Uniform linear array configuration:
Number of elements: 64
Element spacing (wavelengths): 1
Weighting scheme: blackman
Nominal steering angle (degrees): -30
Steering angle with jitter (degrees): -30.654
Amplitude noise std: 0.05
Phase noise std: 0.05

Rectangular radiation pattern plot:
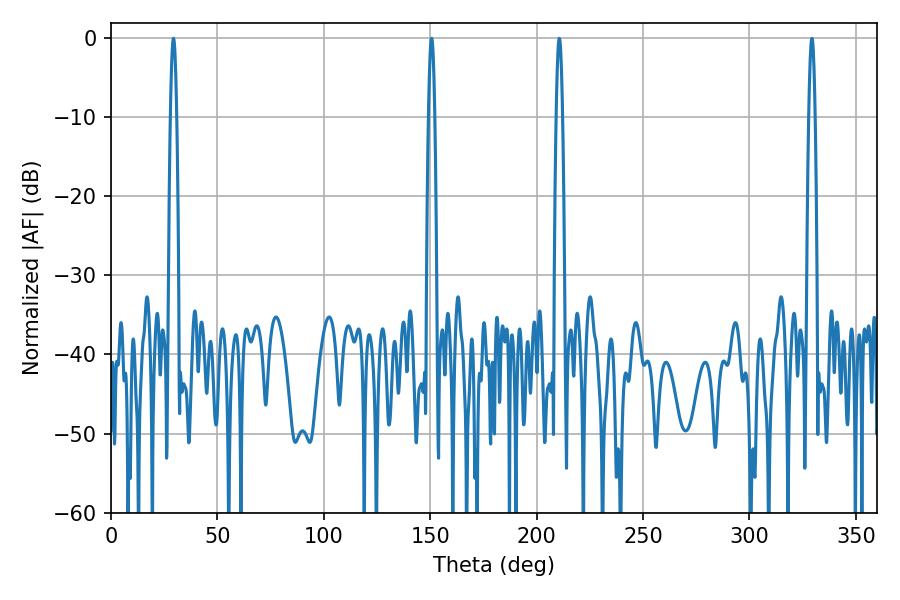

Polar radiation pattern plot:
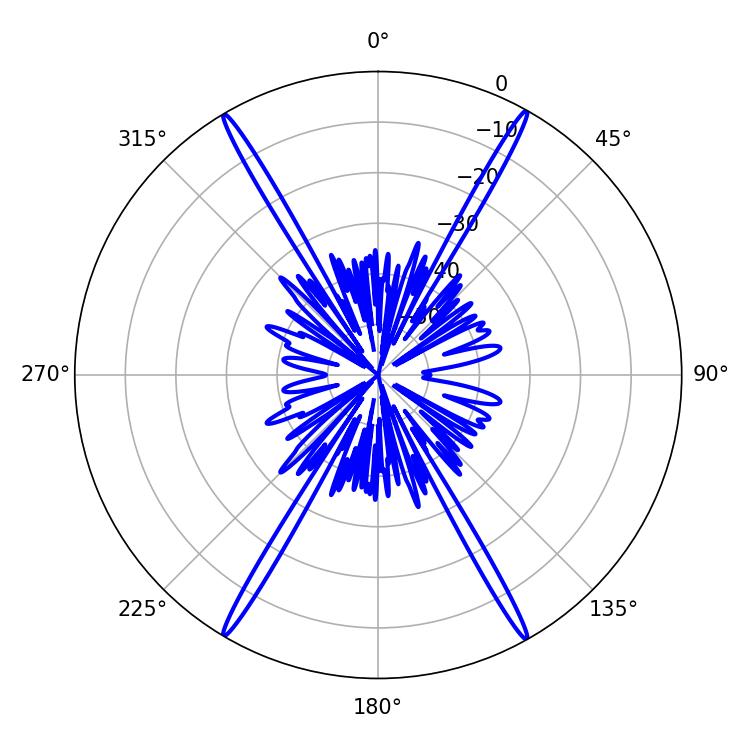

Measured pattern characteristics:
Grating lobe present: TRUE
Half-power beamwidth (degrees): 1.44
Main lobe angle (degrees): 29.34